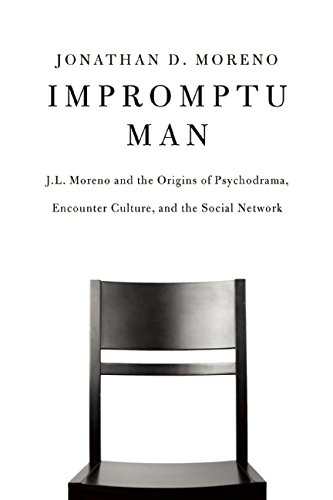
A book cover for Impromptu Man: J.L. Moreno and the Origins of Psychodrama, Encounter Culture, and the Social Network; Jonathan D. Moreno; Biographies & Memoirs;